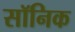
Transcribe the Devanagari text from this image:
सॉनिक